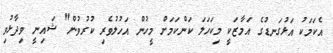
އެކަމަކު އަޅުގަނޑުގެ އަމާޒަކީ މިކަހަލަ ކަންކަމަށް މީހުން އަހުލުވެރި ކުރުވުން" ޝައިނީ ވިދާޅުވި